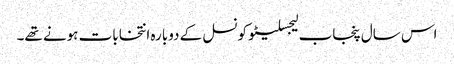
اس سال پنجاب لیجسلیٹو کونسل کے دوبارہ انتخابات ہونے تھے۔